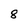
Character: 8